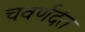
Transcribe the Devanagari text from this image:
चवर्णदंत